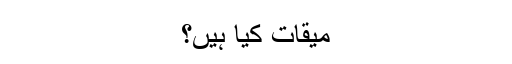
میقات کیا ہیں؟